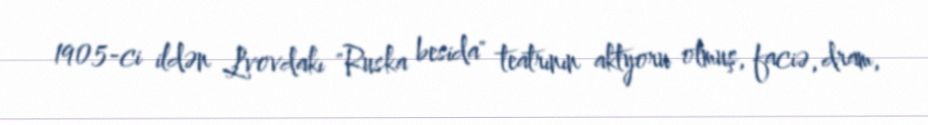
1905-ci ildən Lvovdakı "Ruska besida" teatrının aktyoru olmuş, faciə, dram,